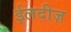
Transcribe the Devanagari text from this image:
ईलदीज़